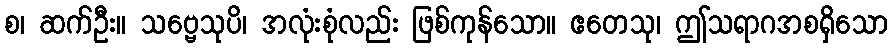
စ၊ ဆက်ဦး။ သဗ္ဗေသုပိ၊ အလုံးစုံလည်း ဖြစ်ကုန်သော။ ဧတေသု၊ ဤသရာဂအစရှိသော